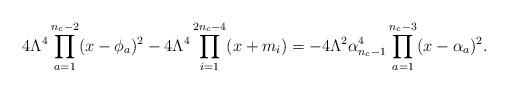
LaTeX: \begin{align*}4\Lambda^{4} \prod_{a=1}^{n_{c}-2} (x-\phi_{a})^{2} - 4\Lambda^{4}\prod_{i=1}^{2n_{c}-4}(x+m_{i}) = - 4\Lambda^{2} \alpha_{n_{c}-1}^{4} \prod_{a=1}^{n_{c}-3} (x-\alpha_{a})^{2}. \end{align*}